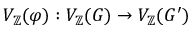
V _ { \mathbb { Z } } ( \varphi ) : V _ { \mathbb { Z } } ( G ) \to V _ { \mathbb { Z } } ( G ^ { \prime } )